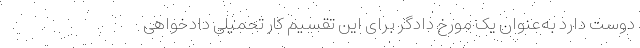
دوست دارد به‌عنوان یک مورخ دادگر برای این تقسیم کار تحمیلی دادخواهی